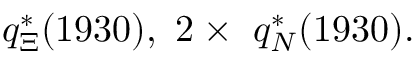
q _ { \Xi } ^ { \ast } ( 1 9 3 0 ) \mathrm { , ~ 2 } \times \mathrm { ~ } q _ { N } ^ { \ast } ( 1 9 3 0 ) \mathrm { . }